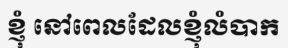
ខ្ញុំ នៅពេលដែលខ្ញុំលំបាក